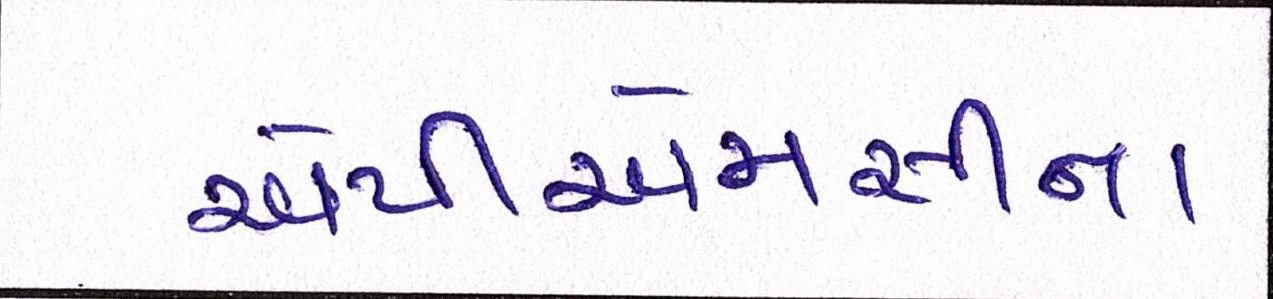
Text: એપીએમસીના